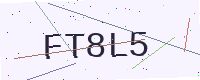
Text: FT8L5